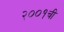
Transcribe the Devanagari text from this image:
२००१ची